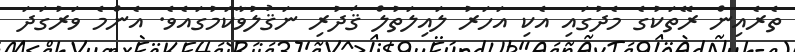
ތެރެއިން ރޭތަކުގެ މެދުގައި އެކި އަހަރު ލައިލަތުލް ޤަދުރި ނަޤުލުވާކަމުގައެވެ. އެންމެ ވަރުގަދަ